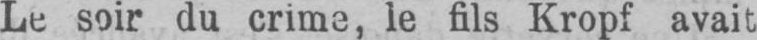
Le soir du crime, le fils Kropf avait